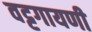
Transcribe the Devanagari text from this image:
वट्टगायणी